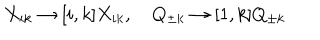
LaTeX: X _ { i k } \to [ i , k ] X _ { i k } , \quad Q _ { \pm k } \to [ 1 , k ] Q _ { \pm k }